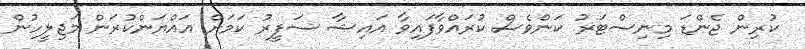
ކުރިން ޖެންޑަ މިނިސްޓަރު ކަންވެސް ކުރައްވާފައިވާ އައިޝާ ސަފީރު ކަމަށް އައްޔަންކުރަން މަޖިލީހުން